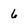
Character: 6